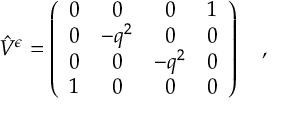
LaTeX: \hat { V } ^ { \epsilon } = \left( \begin{array} { c c c c } { { 0 } } & { { 0 } } & { { 0 } } & { { 1 } } \\ { { 0 } } & { { - q ^ { 2 } } } & { { 0 } } & { { 0 } } \\ { { 0 } } & { { 0 } } & { { - q ^ { 2 } } } & { { 0 } } \\ { { 1 } } & { { 0 } } & { { 0 } } & { { 0 } } \end{array} \right) \quad , \quad